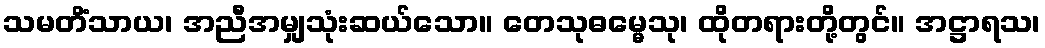
သမတိံသာယ၊ အညီအမျှသုံးဆယ်သော။ တေသုဓမ္မေသု၊ ထိုတရားတို့တွင်။ အဋ္ဌာရသ၊